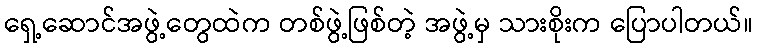
ရှေ့ဆောင်အဖွဲ့တွေထဲက တစ်ဖွဲ့ဖြစ်တဲ့ အဖွဲ့မှ သားစိုးက ပြောပါတယ်။